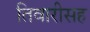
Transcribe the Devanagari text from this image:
तिवारीसह